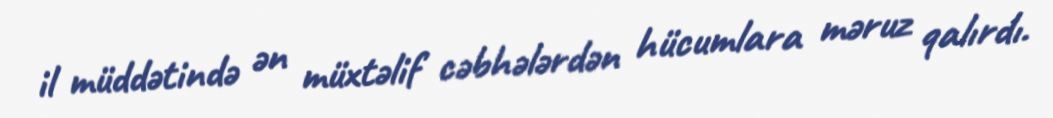
il müddətində ən müxtəlif cəbhələrdən hücumlara məruz qalırdı.